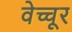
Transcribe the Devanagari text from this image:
वेच्चूर